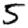
Digit: 5